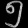
Digit: ၅